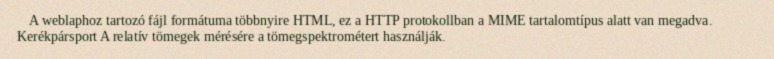
A weblaphoz tartozó fájl formátuma többnyire HTML, ez a HTTP protokollban a MIME tartalomtípus alatt van megadva. Kerékpársport A relatív tömegek mérésére a tömegspektrométert használják.